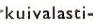
kuivalasti-